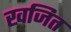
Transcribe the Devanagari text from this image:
खजित